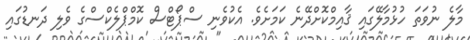
މާލެ ނުވަތަ ހުޅުމާލޭގައި ޤާއިމްކޮށްދޭނެ ކަމަށެވެ. އެކުވެނި ސްޕޯޓްސް ކޮމްޕްލެކްސްގެ ވެލި ދަނޑުގައި